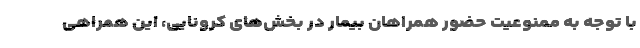
با توجه به ممنوعیت حضور همراهان بیمار در بخش‌های کرونایی، این همراهی